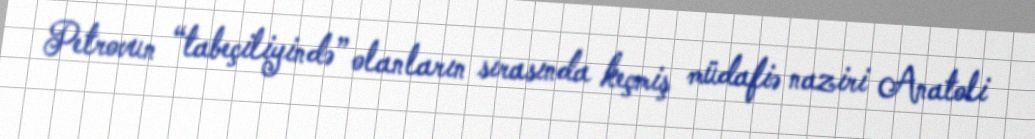
Petrovun “tabeçiliyində” olanların sırasında keçmiş müdafiə naziri Anatoli